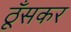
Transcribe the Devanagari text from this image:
ठूँसकर